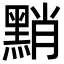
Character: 𪑊